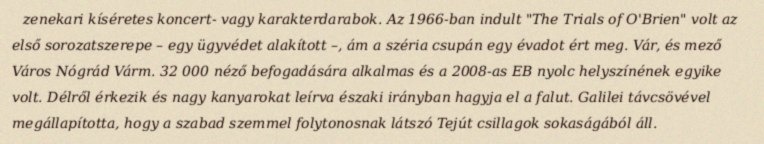
zenekari kíséretes koncert- vagy karakterdarabok. Az 1966-ban indult "The Trials of O'Brien" volt az első sorozatszerepe – egy ügyvédet alakított –, ám a széria csupán egy évadot ért meg. Vár, és mező Város Nógrád Várm. 32 000 néző befogadására alkalmas és a 2008-as EB nyolc helyszínének egyike volt. Délről érkezik és nagy kanyarokat leírva északi irányban hagyja el a falut. Galilei távcsövével megállapította, hogy a szabad szemmel folytonosnak látszó Tejút csillagok sokaságából áll.